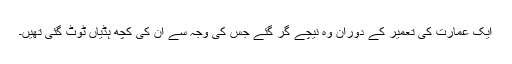
ایک عمارت کی تعمیر کے دوران وہ نیچے گر گئے جس کی وجہ سے ان کی کچھ ہڈیاں ٹوٹ گئی تھیں۔